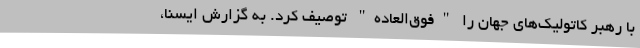
با رهبر کاتولیک‌های جهان را "فوق‌العاده" توصیف کرد. به گزارش ایسنا،